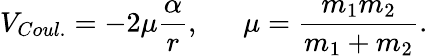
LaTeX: V_{Coul.}=-2\mu\frac{\alpha}{r},\ \ \ \ \ \ \mu=\frac{m_{1}m_{2}}{m_{1}+m_{2}}.